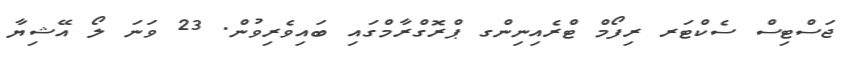
ޖަސްޓިސް ސެކްޓަރ ރިފޯމް ޓްރެއިނިންގ ޕްރޮގްރާމްގައި ބައިވެރިވުން. 23 ވަނަ ލޯ އޭޝިޔާ